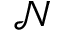
\mathcal { N }